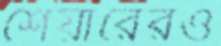
শেয়ারেরও